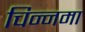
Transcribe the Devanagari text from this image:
चिन्नमा